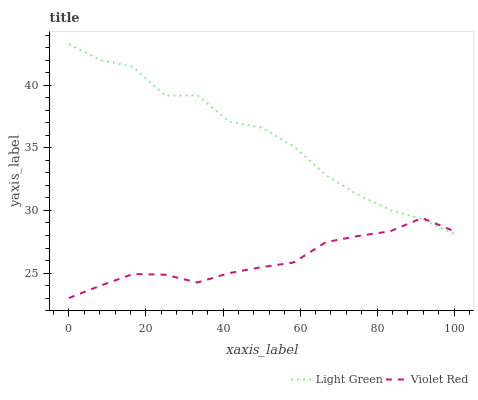
| xaxis_label | Light Green | Violet Red |
 | --- | --- | --- |
 | 0 | 43.3 | 23 |
 | 8.33 | 42 | 24 |
 | 16.7 | 41.5 | 24.9 |
 | 25 | 39.2 | 24.9 |
 | 33.3 | 39.2 | 24.2 |
 | 41.7 | 37.1 | 25 |
 | 50 | 36.6 | 25.5 |
 | 58.3 | 35.1 | 25.8 |
 | 66.7 | 32.8 | 27.5 |
 | 75 | 31.3 | 28 |
 | 83.3 | 30 | 28.3 |
 | 91.7 | 29.3 | 29.4 |
 | 100 | 28.1 | 28.3 |